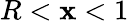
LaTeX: R<\mathbf{x}<1